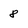
Character: 8